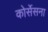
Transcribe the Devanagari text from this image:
कोर्सेसना